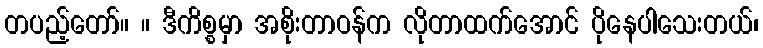
တပည့်တော်။ ။ ဒီကိစ္စမှာ အစိုးတာဝန်က လိုတာထက်အောင် ပိုနေပါသေးတယ်၊